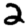
Digit: 2